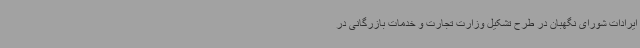
ایرادات شورای نگهبان در طرح تشکیل وزارت تجارت و خدمات بازرگانی در